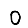
Digit: 0